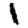
Digit: 1